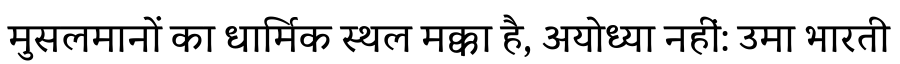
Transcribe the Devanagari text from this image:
मुसलमानों का धार्मिक स्थल मक्का है, अयोध्या नहीं: उमा भारती